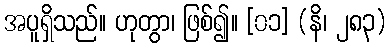
အပူရှိသည်။ ဟုတွာ၊ ဖြစ်၍။ [၀၁] (နိ၊ ၂၈၃)